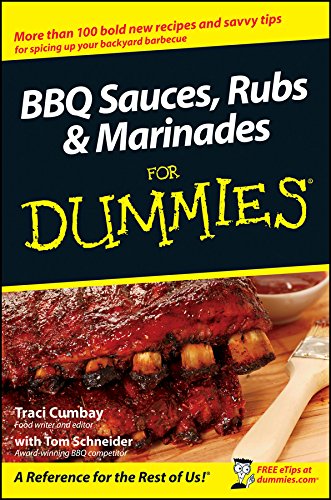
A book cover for BBQ Sauces, Rubs and Marinades For Dummies; Traci Cumbay; Cookbooks, Food & Wine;